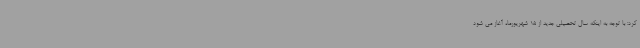
کرد: با توجه به اینکه سال تحصیلی جدید از 15 شهریورماه آغاز می شود